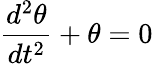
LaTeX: {\frac{d^{2}\theta}{dt^{2}}}+\theta=0